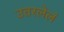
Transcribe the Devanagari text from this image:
उतरलेलं